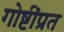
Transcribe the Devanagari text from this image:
गोष्टींप्रत